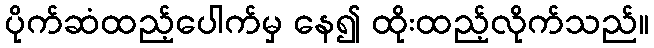
ပိုက်ဆံထည့်ပေါက်မှ နေ၍ ထိုးထည့်လိုက်သည်။